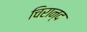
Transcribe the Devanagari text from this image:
चिरान्द